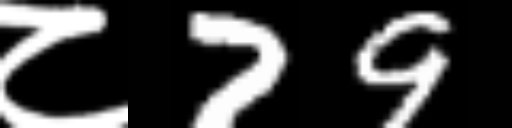
Text: ८79